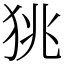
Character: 狣